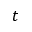
t